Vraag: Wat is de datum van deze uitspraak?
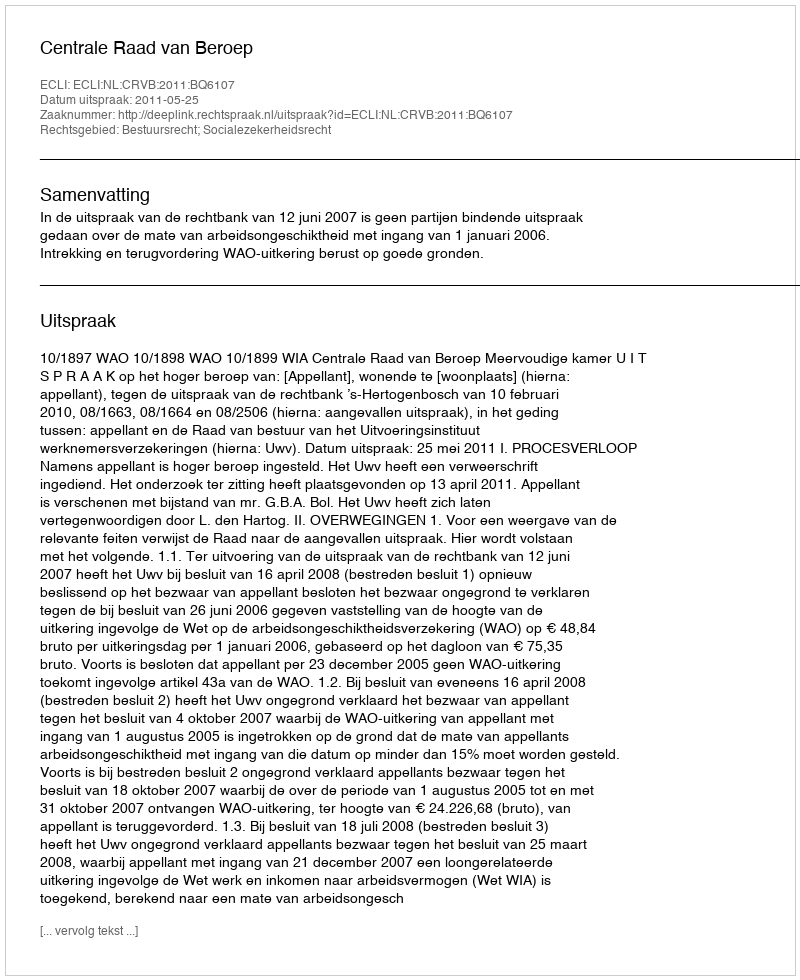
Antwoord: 2011-05-25